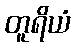
တူရိယံ